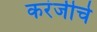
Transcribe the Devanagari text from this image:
करंजीचे